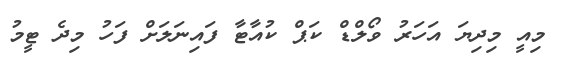
މިއީ މިދިޔަ އަހަރު ވޯލްޑް ކަޕް ކުއާޓާ ފައިނަލަށް ފަހު މިދެ ޓީމު